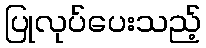
ပြုလုပ်ပေးသည့်